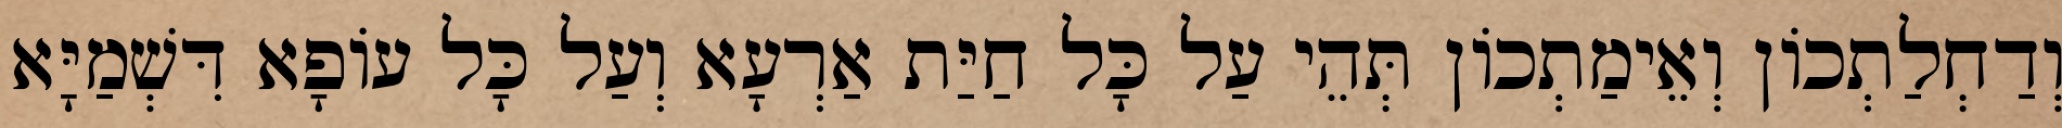
וְדַחְלַתְכוֹן וְאֵימַתְכוֹן תְּהֵי עַל כָּל חַיַּת אַרְעָא וְעַל כָּל עוֹפָא דִּשְׁמַיָּא